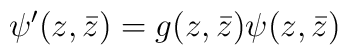
\psi'(z,\bar z)=g(z,\bar z)\psi(z,\bar z)